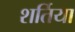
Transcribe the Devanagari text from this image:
शर्तिया